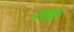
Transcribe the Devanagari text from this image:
दार्थ